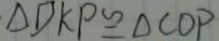
\Delta D K P \cong \Delta C O P